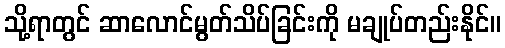
သို့ရာတွင် ဆာလောင်မွတ်သိပ်ခြင်းကို မချုပ်တည်းနိုင်။